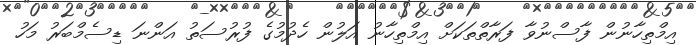
އިމްތިހާނުން ފާސްނުވާ ފަރާތްތަކަށް އިމްތިހާނު އަލުން ހެދުމުގެ ފުރުސަތު އަންނަ ޑިސެމްބަރު މަހު